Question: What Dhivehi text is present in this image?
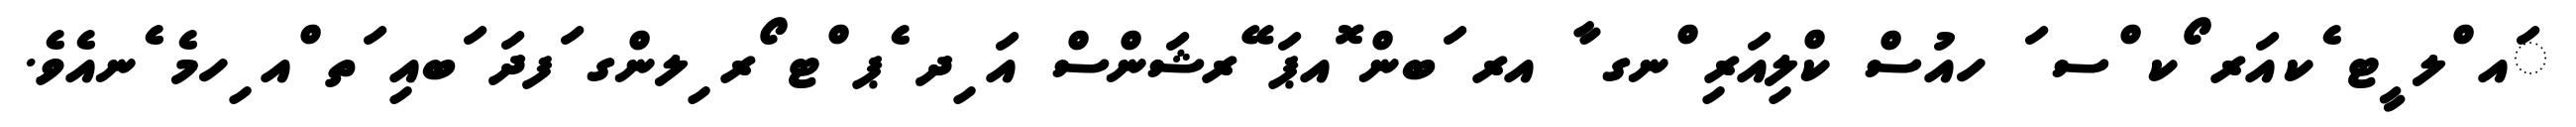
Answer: ައ ްލ ީޓ ެކއަރ ޯކ ްސ ަ ހއުސް ކްލިއަރި ްނގ ާ އރ ަބން ޮއޕަ ޭރޝަންސް އަ ިދ ެޕ ްޓ ޯރ ިލންގ ަފދަ ަބއި ަތ ްއ ިހމެ ެނއެވެ.